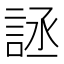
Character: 𰴶